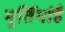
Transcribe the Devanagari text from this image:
मूर्तियांहैं